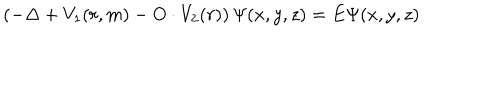
\left( - \Delta + V _ { 1 } ( r , m ) - O \cdot V _ { 2 } ( r ) \right) \Psi ( x , y , z ) = E \Psi ( x , y , z )